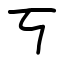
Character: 丂